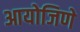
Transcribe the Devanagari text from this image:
आयोजिणे